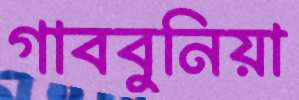
গাববুনিয়া